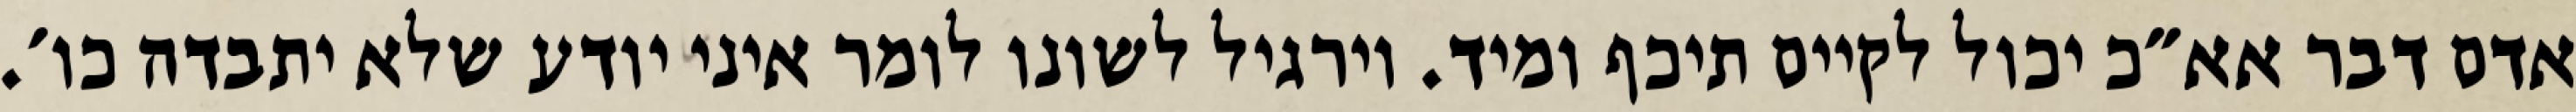
אדם דבר אא״כ יכול לקיים תיכף ומיד. וירגיל לשונו לומר איני יודע שלא יתבדה כו׳.